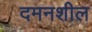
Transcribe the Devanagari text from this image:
दमनशील